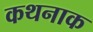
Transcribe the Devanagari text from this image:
कथनाक